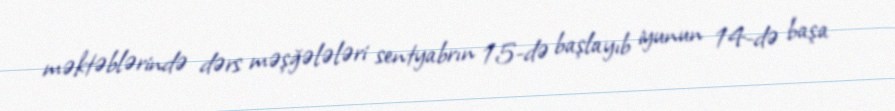
məktəblərində dərs məşğələləri sentyabrın 15-də başlayıb iyunun 14-də başa